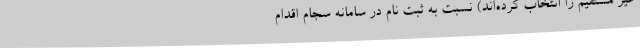
غیر مستقیم را انتخاب کرده‌اند) نسبت به ثبت نام در سامانه سجام اقدام